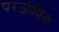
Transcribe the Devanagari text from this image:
परजीविक